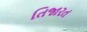
તિજારત